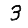
Digit: 3